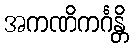
အကဏိကင်္ဂန္တိ